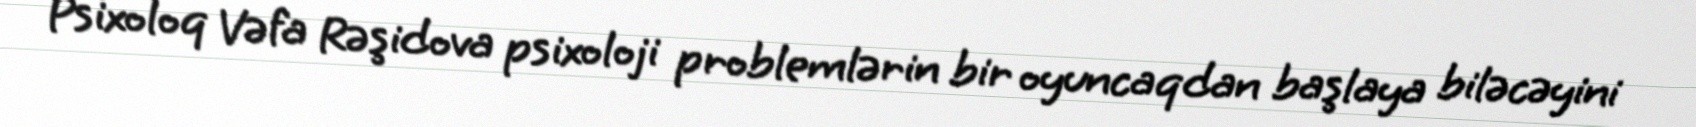
Psixoloq Vəfa Rəşidova psixoloji problemlərin bir oyuncaqdan başlaya biləcəyini